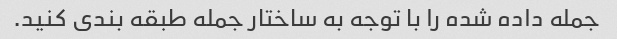
جمله داده شده را با توجه به ساختار جمله طبقه بندی کنید.